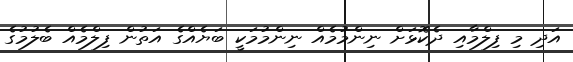
އަދި މި ފިލްމާއި ދެކޮޅަށް ނިންމުމެއް ނިންމުމަކީ ބަޔެއްގެ އަތުން ފިލްމެއް ބެލުމުގެ